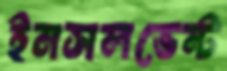
ইনসলভেন্ট